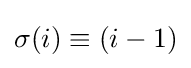
\sigma (i)\equiv (i-1)